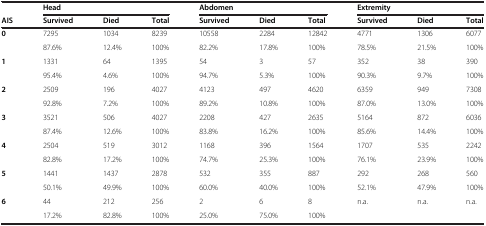
|  | <COLSPAN=3> Head | <COLSPAN=3> Abdomen | <COLSPAN=3> Extremity |
 | AIS | Survived | Died | Total | Survived | Died | Total | Survived | Died | Total |
 | --- | --- | --- | --- | --- | --- | --- | --- | --- | --- |
 | <ROWSPAN=2> 0 | 7295 | 1034 | 8239 | 10558 | 2284 | 12842 | 4771 | 1306 | 6077 |
 | 87.6% | 12.4% | 100% | 82.2% | 17.8% | 100% | 78.5% | 21.5% | 100% |
 | <ROWSPAN=2> 1 | 1331 | 64 | 1395 | 54 | 3 | 57 | 352 | 38 | 390 |
 | 95.4% | 4.6% | 100% | 94.7% | 5.3% | 100% | 90.3% | 9.7% | 100% |
 | <ROWSPAN=2> 2 | 2509 | 196 | 4027 | 4123 | 497 | 4620 | 6359 | 949 | 7308 |
 | 92.8% | 7.2% | 100% | 89.2% | 10.8% | 100% | 87.0% | 13.0% | 100% |
 | <ROWSPAN=2> 3 | 3521 | 506 | 4027 | 2208 | 427 | 2635 | 5164 | 872 | 6036 |
 | 87.4% | 12.6% | 100% | 83.8% | 16.2% | 100% | 85.6% | 14.4% | 100% |
 | <ROWSPAN=2> 4 | 2504 | 519 | 3012 | 1168 | 396 | 1564 | 1707 | 535 | 2242 |
 | 82.8% | 17.2% | 100% | 74.7% | 25.3% | 100% | 76.1% | 23.9% | 100% |
 | <ROWSPAN=2> 5 | 1441 | 1437 | 2878 | 532 | 355 | 887 | 292 | 268 | 560 |
 | 50.1% | 49.9% | 100% | 60.0% | 40.0% | 100% | 52.1% | 47.9% | 100% |
 | <ROWSPAN=2> 6 | 44 | 212 | 256 | 2 | 6 | 8 | n.a. | n.a. | n.a. |
 | 17.2% | 82.8% | 100% | 25.0% | 75.0% | 100% |  |  |  |